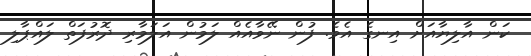
ކަން އާލިޔާއަށް އިނގެ އެވެ. ފުން ނޭވާއެއް ލަމުން އަލަމާރި ދޮރުފަތް ލައްޕާލި